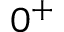
0 ^ { + }